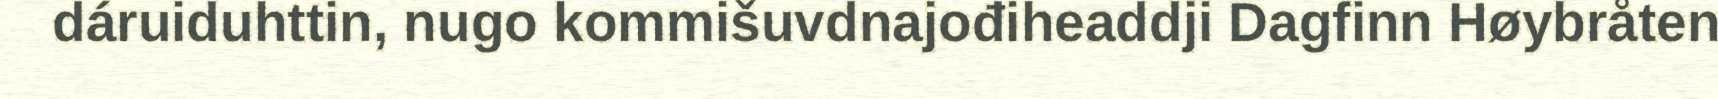
dáruiduhttin, nugo kommišuvdnajođiheaddji Dagfinn Høybråten